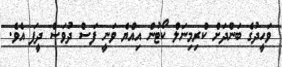
ވަހީދުގެ ބަންދަށް ކްރިމިނަލް ކޯޓުން އިއްޔެ ވަނީ ފަސް ދުވަސް ދީފަ އެވެ.